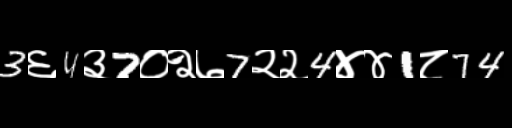
Text: 3६4३7०२७7२२4४४1८74